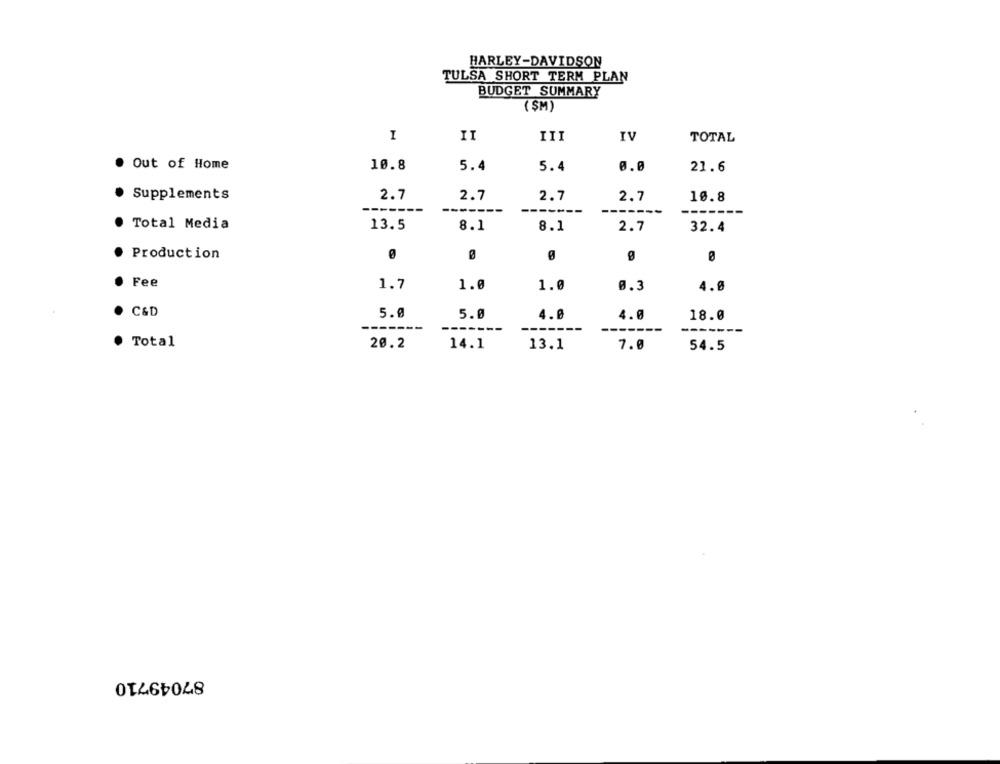
HARLEY-DAVIDSON
TULSA SHORT TERM PLAN
BUDGET SUMMARY
(SM)
I
II
III
IV
TOTAL
. Out of Home
10.8
5.4
5.4
0.0
21.6
. Supplements
2.7
2.7
2.7
2.7
10.8
------
-----
.-
· Total Media
13.5
8.1
8.1
2.7
32.4
. Production
Ø
· Fee
1.7
1.0
1.0
Ø.3
4.0
· C&D
5.0
5.0
4.0
4.0
18.0
---
----
. Total
20.2
14.1
13.1
7.0
54.5
87049710